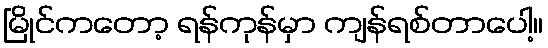
မြိုင်ကတော့ ရန်ကုန်မှာ ကျန်ရစ်တာပေါ့။